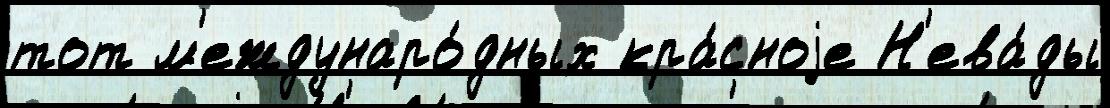
тот м'еждунаро́дных кра́сноjе Н'ева́ды